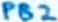
Text: PB2